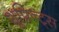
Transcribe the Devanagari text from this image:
शूप्रिन्ट्स